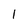
Character: 1